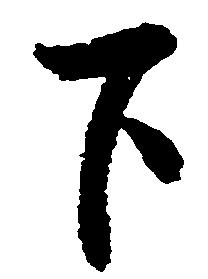
下